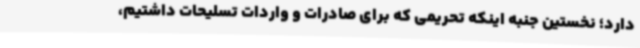
دارد؛ نخستین جنبه اینکه تحریمی که برای صادرات و واردات تسلیحات داشتیم،